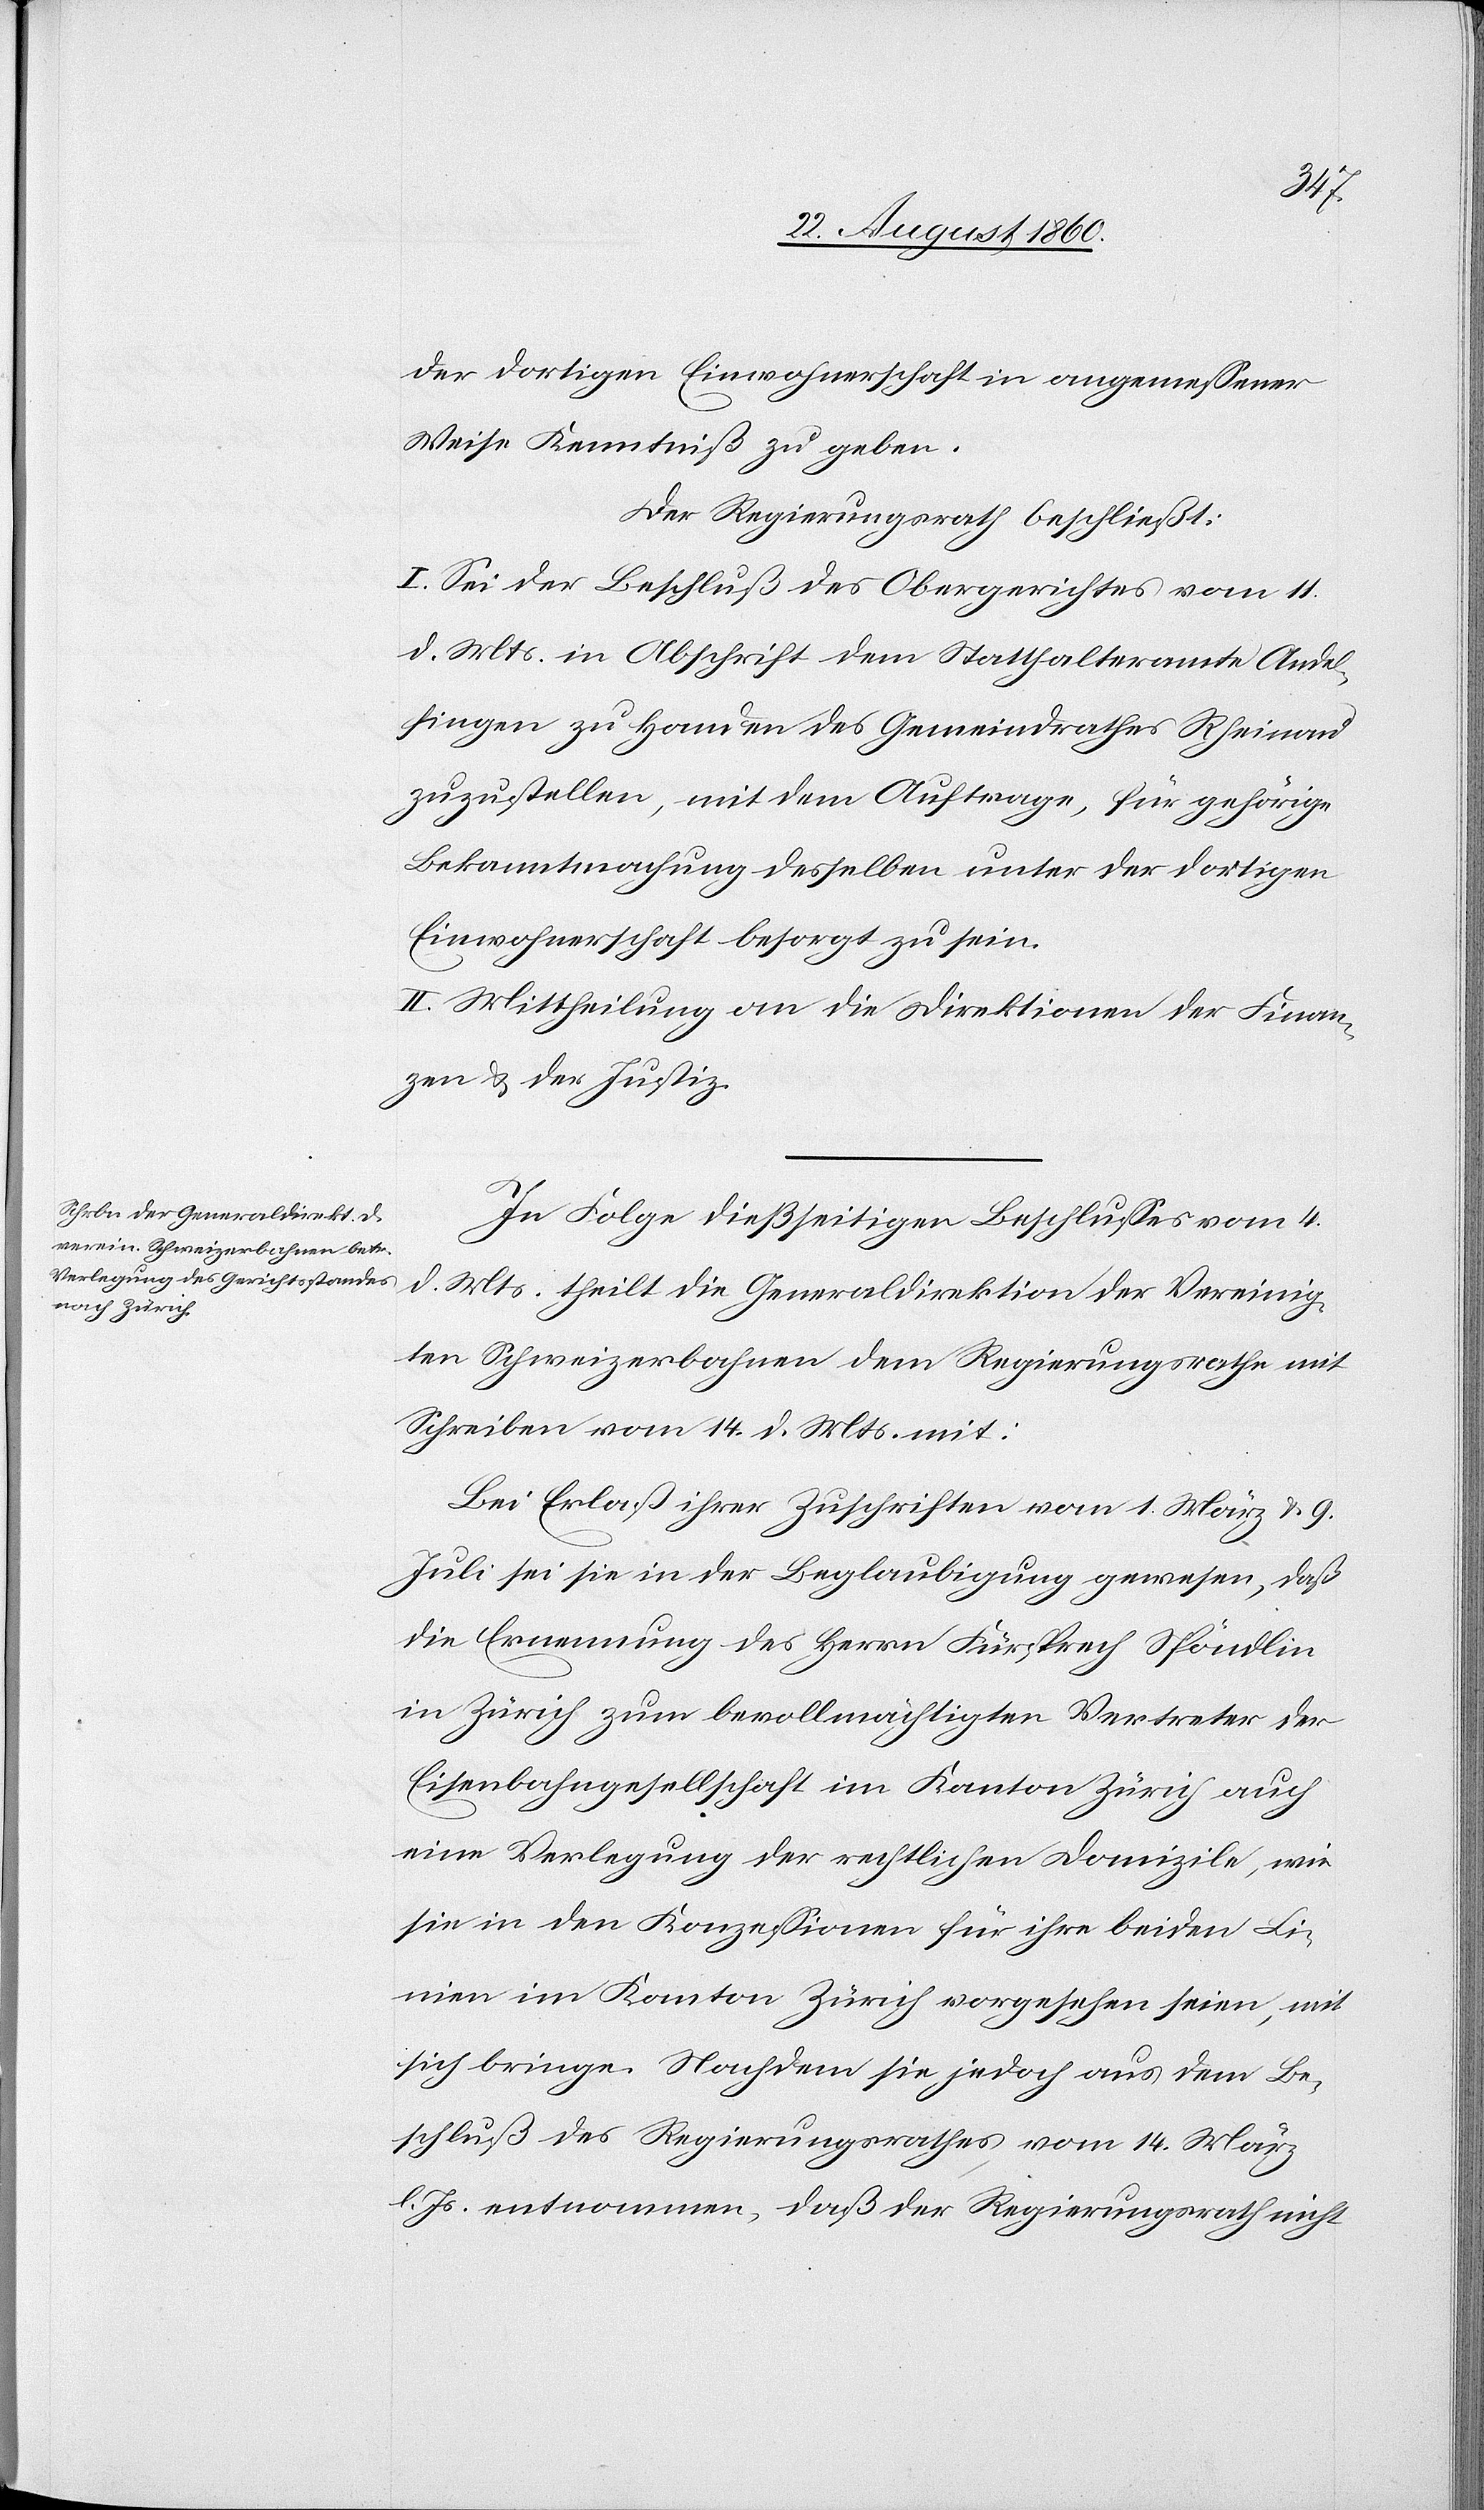
der dortigen Einwohnerschaft in angemessener
Weise Kenntniss zu geben.
Der Regierungsrath beschliesst.
I. Sei der Beschluss des Obergerichtes vom 11.
d. Mts. in Abschrift dem Statthalteramte Andel¬
fingen zu Handen des Gemeindrathes Rheinau
zuzustellen, mit dem Auftrage, für gehörige
Bekanntmachung desselben unter der dortigen
Einwohnerschaft besorgt zu sein.
II. Mittheilung an die Direktionen der Finan¬
zen der Justiz.
In Folge diesseitigen Beschlusses vom 4.
d. Mts. theilt die Generaldirektion der Vereinig¬
ten Schweizerbahnen dem Regierungsrathe mit
Schreiben vom 14. d. Mts. mit:
Bei Erlass ihrer Zuschriften vom 1. März u. 9.
Juli sei sie in der Beglaubigung gewesen, dass
die Ernennung des Herrn Fürsprech Spöndlin
in Zürich zum bevollmächtigen Vertreter der
Eisenbahngesellschaft im Kanton Zürich auch
eine Verlegung der rechtlichen Domizile, wie
sie in den Conzessionen für ihre beiden Li¬
nien im Kanton Zürich vorgesehen seien, mit
sich bringe. Nachdem sie jedoch aus dem Be¬
schluss des Regierungsrathes vom 14. März
d. Js. entnommen, dass der Regierungsrath nicht